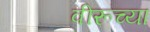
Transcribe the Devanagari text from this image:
वीरूच्या